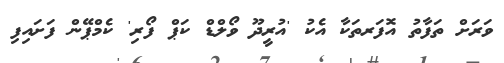
ވަރަށް ތަފާތު އޮފަރތަކާ އެކު 'އުރީދޫ ވޯލްޑް ކަޕް ފޯރި' ކެމްޕޭން ފަށައިފި